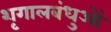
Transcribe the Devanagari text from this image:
शृगालबंधुओं